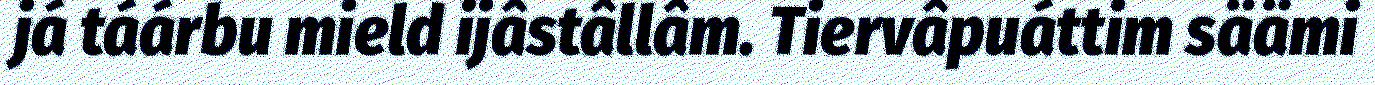
já táárbu mield ijâstâllâm. Tiervâpuáttim säämi